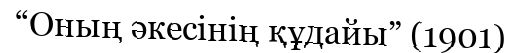
“Оның әкесінің құдайы” (1901)